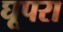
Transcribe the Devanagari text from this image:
घूपरा